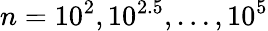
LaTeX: n=10^{2},10^{2.5},\dots,10^{5}